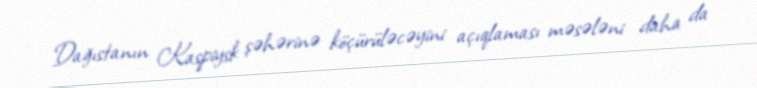
Dağıstanın Kaspiysk şəhərinə köçürüləcəyini açıqlaması məsələni daha da